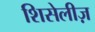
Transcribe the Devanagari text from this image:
शिसेलीज़